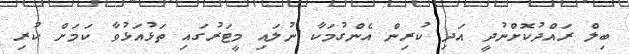
ބިލް ރައްދުކޮށްނުދީ އަދި ކުރިން އެންގުމަކާ ނުލައި މީޓަރުގައި ތަޅުއަޅުވާ ކަމަށް ކުރި